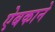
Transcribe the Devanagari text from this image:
ऐबकाने